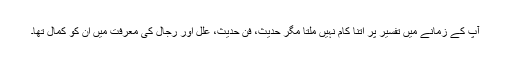
آپ کے زمانے میں تفسیر پر اُتنا کام نہیں ملتا مگر حدیث، فنِ حدیث، علل اور رجال کی معرفت میں اُن کو کمال تھا۔